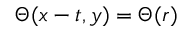
\Theta ( x - t , y ) = \Theta ( r )